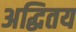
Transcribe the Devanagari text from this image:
अद्धितय